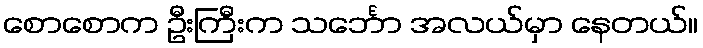
စောစောက ဦးကြီးက သင်္ဘော အလယ်မှာ နေတယ်။